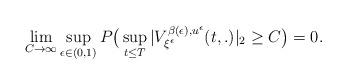
LaTeX: \begin{align*} \lim_{C\rightarrow \infty}\sup_{{\epsilon}\in(0,1)}P\big( \sup_{t\leq T} |V^{\beta({\epsilon}), u^{\epsilon}}_{\xi^{\epsilon}}(t,.)|_{2} \geq C\big) = 0.\end{align*}